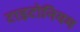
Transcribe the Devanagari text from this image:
टाइटोनियम